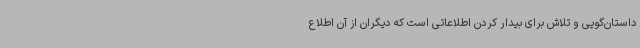
داستان‌گویی و تلاش برای بیدار کردن اطلاعاتی است که دیگران از آن اطلاع